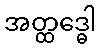
အတ္ထဒ္ဓေါ